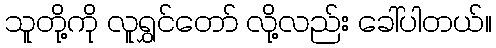
သူတို့ကို လူရွှင်တော် လို့လည်း ခေါ်ပါတယ်။